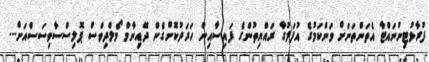
ފުރާޅުޓިނުނައްޓާ އެތަންތަނަށް ވަންކަމުގެ އުފަލުގާ ރައްޔިތުންގެ ފައިސާއިން ހަރަދުކޮށްގެން ދޭއިނާމް މޯލްދިވްސް ޕޮލިސްސާވިސަސްއަށް...